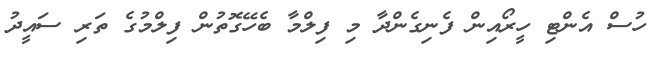
ހުސް އެންޓި ހީރޯއިން ފެނިގެންދާ މި ފިލްމާ ބެހޭގޮތުން ފިލްމުގެ ތަރި ސައީދު